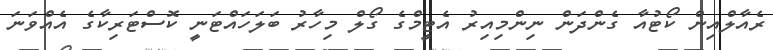
ރެއާލްއިން ކޯޓުއާ ގެންދަން ނިންމިއިރު އެޓީމްގެ ގޯލް މިހާރު ބަލަހައްޓަނީ ކޮސްޓަރިކާގެ އެއްވަނަ